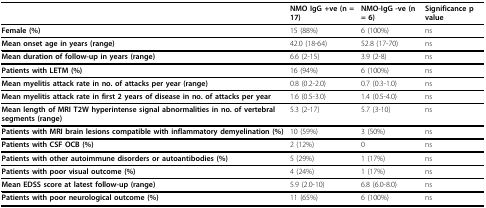
|  | NMO IgG +ve (n = 17) | NMO-IgG -ve (n = 6) | Significance p value |
 | --- | --- | --- | --- |
 | Female (%) | 15 (88%) | 6 (100%) | ns |
 | Mean onset age in years (range) | 42.0 (18-64) | 52.8 (17-70) | ns |
 | Mean duration of follow-up in years (range) | 6.6 (2-15) | 3.9 (2-8) | ns |
 | Patients with LETM (%) | 16 (94%) | 6 (100%) | ns |
 | Mean myelitis attack rate in no. of attacks per year (range) | 0.8 (0.2-2.0) | 0.7 (0.3-1.0) | ns |
 | Mean myelitis attack rate in first 2 years of disease in no. of attacks per year | 1.6 (0.5-3.0) | 1.4 (0.5-4.0) | ns |
 | Mean length of MRI T2W hyperintense signal abnormalities in no. of vertebral segments (range) | 5.3 (2-17) | 5.7 (3-10) | ns |
 | Patients with MRI brain lesions compatible with inflammatory demyelination (%) | 10 (59%) | 3 (50%) | ns |
 | Patients with CSF OCB (%) | 2 (12%) | 0 | ns |
 | Patients with other autoimmune disorders or autoantibodies (%) | 5 (29%) | 1 (17%) | ns |
 | Patients with poor visual outcome (%) | 4 (24%) | 1 (17%) | ns |
 | Mean EDSS score at latest follow-up (range) | 5.9 (2.0-10) | 6.8 (6.0-8.0) | ns |
 | Patients with poor neurological outcome (%) | 11 (65%) | 6 (100%) | ns |